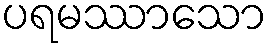
ပရမဿာသော